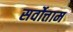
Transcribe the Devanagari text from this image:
सर्वोत्ताम